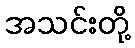
အသင်းတို့